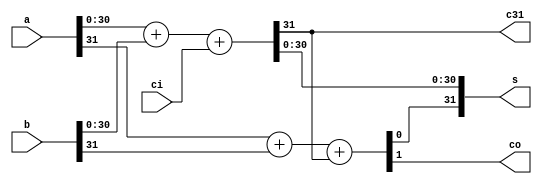
// mvp Version 2.24
// cmd line +define: MIPS_SIMULATION
// cmd line +define: MIPS_VMC_DUAL_INST
// cmd line +define: MIPS_VMC_INST
// cmd line +define: M14K_NO_ERROR_GEN
// cmd line +define: M14K_NO_SHADOW_CACHE_CHECK
// cmd line +define: M14K_TRACER_NO_FDCTRACE
//
//	Description: m14k_edp_add_simple 
//             Simple ("+") 32-bit adder for the execution data path
//
//	$Id: \$
//	mips_repository_id: m14k_edp_add_simple.mv, v 1.1 
//


//	mips_start_of_legal_notice
//	***************************************************************************
//	Unpublished work (c) MIPS Technologies, Inc.  All rights reserved. 
//	Unpublished rights reserved under the copyright laws of the United States
//	of America and other countries.
//	
//	MIPS TECHNOLOGIES PROPRIETARY / RESTRICTED CONFIDENTIAL - HEIGHTENED
//	STANDARD OF CARE REQUIRED AS PER CONTRACT
//	
//	This code is confidential and proprietary to MIPS Technologies, Inc. ("MIPS
//	Technologies") and may be disclosed only as permitted in writing by MIPS
//	Technologies.  Any copying, reproducing, modifying, use or disclosure of
//	this code (in whole or in part) that is not expressly permitted in writing
//	by MIPS Technologies is strictly prohibited.  At a minimum, this code is
//	protected under trade secret, unfair competition and copyright laws. 
//	Violations thereof may result in criminal penalties and fines.
//	
//	MIPS Technologies reserves the right to change the code to improve
//	function, design or otherwise.	MIPS Technologies does not assume any
//	liability arising out of the application or use of this code, or of any
//	error or omission in such code.  Any warranties, whether express,
//	statutory, implied or otherwise, including but not limited to the implied
//	warranties of merchantability or fitness for a particular purpose, are
//	excluded.  Except as expressly provided in any written license agreement
//	from MIPS Technologies, the furnishing of this code does not give recipient
//	any license to any intellectual property rights, including any patent
//	rights, that cover this code.
//	
//	This code shall not be exported, reexported, transferred, or released,
//	directly or indirectly, in violation of the law of any country or
//	international law, regulation, treaty, Executive Order, statute, amendments
//	or supplements thereto.  Should a conflict arise regarding the export,
//	reexport, transfer, or release of this code, the laws of the United States
//	of America shall be the governing law.
//	
//	This code may only be disclosed to the United States government
//	("Government"), or to Government users, with prior written consent from
//	MIPS Technologies.  This code constitutes one or more of the following:
//	commercial computer software, commercial computer software documentation or
//	other commercial items.  If the user of this code, or any related
//	documentation of any kind, including related technical data or manuals, is
//	an agency, department, or other entity of the Government, the use,
//	duplication, reproduction, release, modification, disclosure, or transfer
//	of this code, or any related documentation of any kind, is restricted in
//	accordance with Federal Acquisition Regulation 12.212 for civilian agencies
//	and Defense Federal Acquisition Regulation Supplement 227.7202 for military
//	agencies.  The use of this code by the Government is further restricted in
//	accordance with the terms of the license agreement(s) and/or applicable
//	contract terms and conditions covering this code from MIPS Technologies.
//	
//	
//	
//	***************************************************************************
//	mips_end_of_legal_notice
//	

module m14k_edp_add_simple(
	a,
	b,
	ci,
	s,
	co,
	c31);


   input [31:0]   a;
   input [31:0]   b; 
   input 	  ci;
   output [31:0]  s;
   output 	  co;
   output 	  c31;

// BEGIN Wire declarations made by MVP
wire [31:0] /*[31:0]*/ s;
wire co;
wire c31;
// END Wire declarations made by MVP


   assign {c31,s[30:0]} = a[30:0] + b[30:0] + {30'h0, ci};
   assign {co,s[31]} = a[31] + b[31] + c31;

/*
   {c31,s[30:0]} = ({1'b0, a[30:0]} +
		    {1'b0, b[30:0]} +
		    {31'b0 , ci});
   {co,s[31]} = ({1'b0, a[31]} +
		 {1'b0, b[31]} +
		 {1'b0 , c31});
*/
endmodule